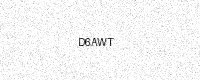
Text: D6AWT